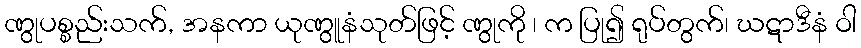
ဏွုပစ္စည်းသက်, အနကာ ယုဏွူနံသုတ်ဖြင့် ဏွုကို ၊ က ပြု၍ ရုပ်တွက်၊ ဃဋာဒီနံ ဝါ